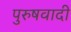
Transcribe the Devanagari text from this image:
पुरुषवादी